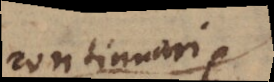
continuari